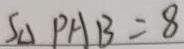
S _ { \Delta } P A B = 8